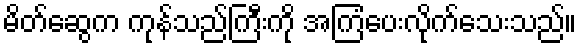
မိတ်ဆွေက ကုန်သည်ကြီးကို အကြံပေးလိုက်သေးသည်။